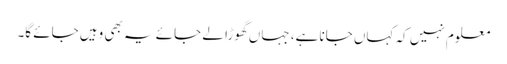
معلوم نہیں کہ کہاں جانا ہے، جہاں گھوڑا لے جائے یہ بھی وہیں جائے گا۔